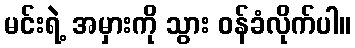
မင်းရဲ့ အမှားကို သွား ဝန်ခံလိုက်ပါ။